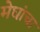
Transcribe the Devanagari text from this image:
मेघांचा